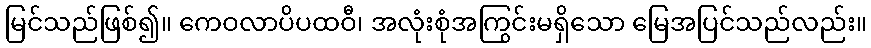
မြင်သည်ဖြစ်၍။ ကေဝလာပိပထဝီ၊ အလုံးစုံအကြွင်းမရှိသော မြေအပြင်သည်လည်း။